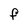
Character: F